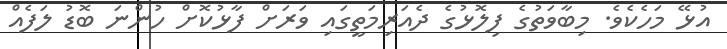
އުޅޭ މަހެކެވެ. މިބާވަތުގެ ފިލޮޅުގެ ދެއަރިމަތީގައި ވަރަށް ފާޅުކޮށް ހުންނަ ބޮޑު ލަފެއް